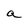
Character: a